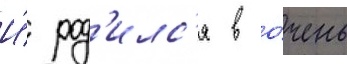
И́ род'илс'я в о́чень